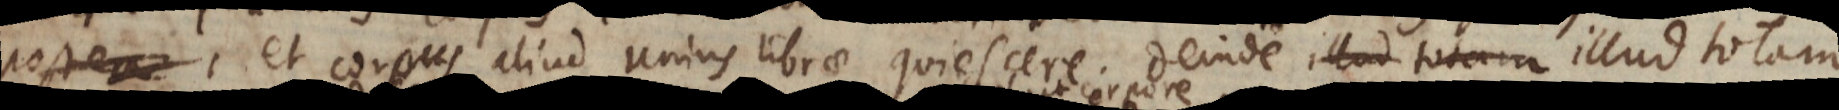
s et corpus aliud unius librae quiescere. Deinde illud totam